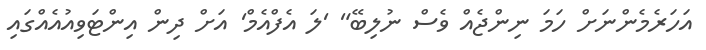
އަހަރެމެންނަށް ހަމަ ނިންޖެއް ވެސް ނުލިބޭ" 'ލަ އެފްއެމް' އަށް ދިން އިންޓަވިއުއެއްގައި